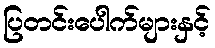
ပြတင်းပေါက်များနှင့်